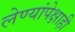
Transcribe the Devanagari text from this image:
लेण्यांपेक्षाही